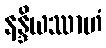
နန္ဒိယဿာဟံ